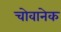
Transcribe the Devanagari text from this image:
चोवानेक